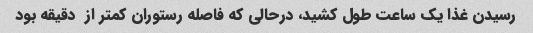
رسیدن غذا یک ساعت طول کشید، درحالی که فاصله رستوران کمتر از  دقیقه بود